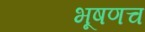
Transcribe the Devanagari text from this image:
भूषणच